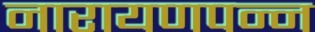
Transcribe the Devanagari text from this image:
नारायणपन्न